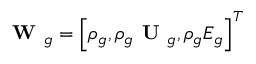
\textbf { W } _ { g } = \left[ \rho _ { g } , \rho _ { g } \textbf { U } _ { g } , \rho _ { g } E _ { g } \right] ^ { T }